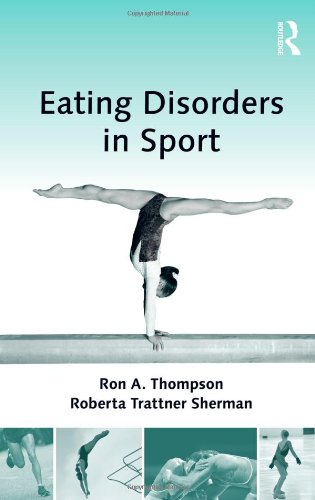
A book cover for Eating Disorders in Sport; Ron A. Thompson; Medical Books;